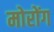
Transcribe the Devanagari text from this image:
मोरोंग